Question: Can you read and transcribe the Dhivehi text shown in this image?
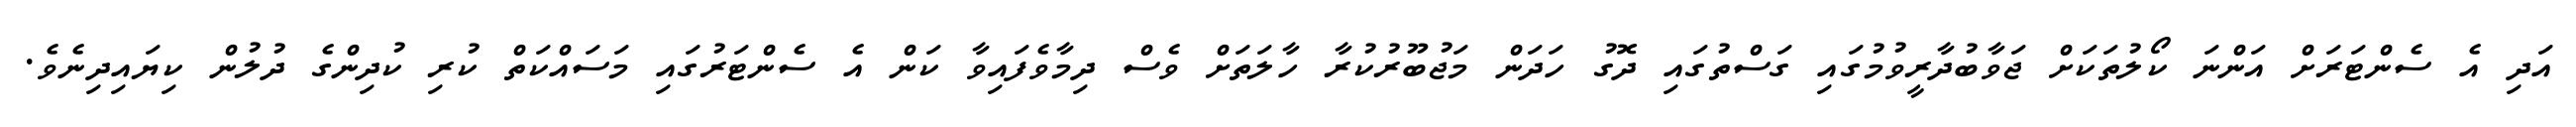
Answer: އަދި އެ ސެންޓަރަށް އަންނަ ކޯލުތަކަށް ޖަވާބުދާރީވުމުގައި ގަސްތުގައި ދޮގު ހަދަން މަޖުބޫރުކުރާ ހާލަތަށް ވެސް ދިމާވެފައިވާ ކަން އެ ސެންޓަރުގައި މަސައްކަތް ކުރި ކުދިންގެ ދުލުން ކިޔައިދިނެވެ.